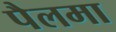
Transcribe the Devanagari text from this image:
पैलमा